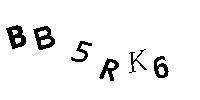
BB5RK6